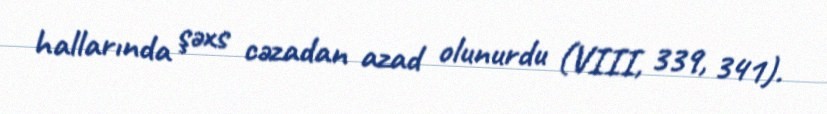
hallarında şəxs cəzadan azad olunurdu (VIII, 339, 341).